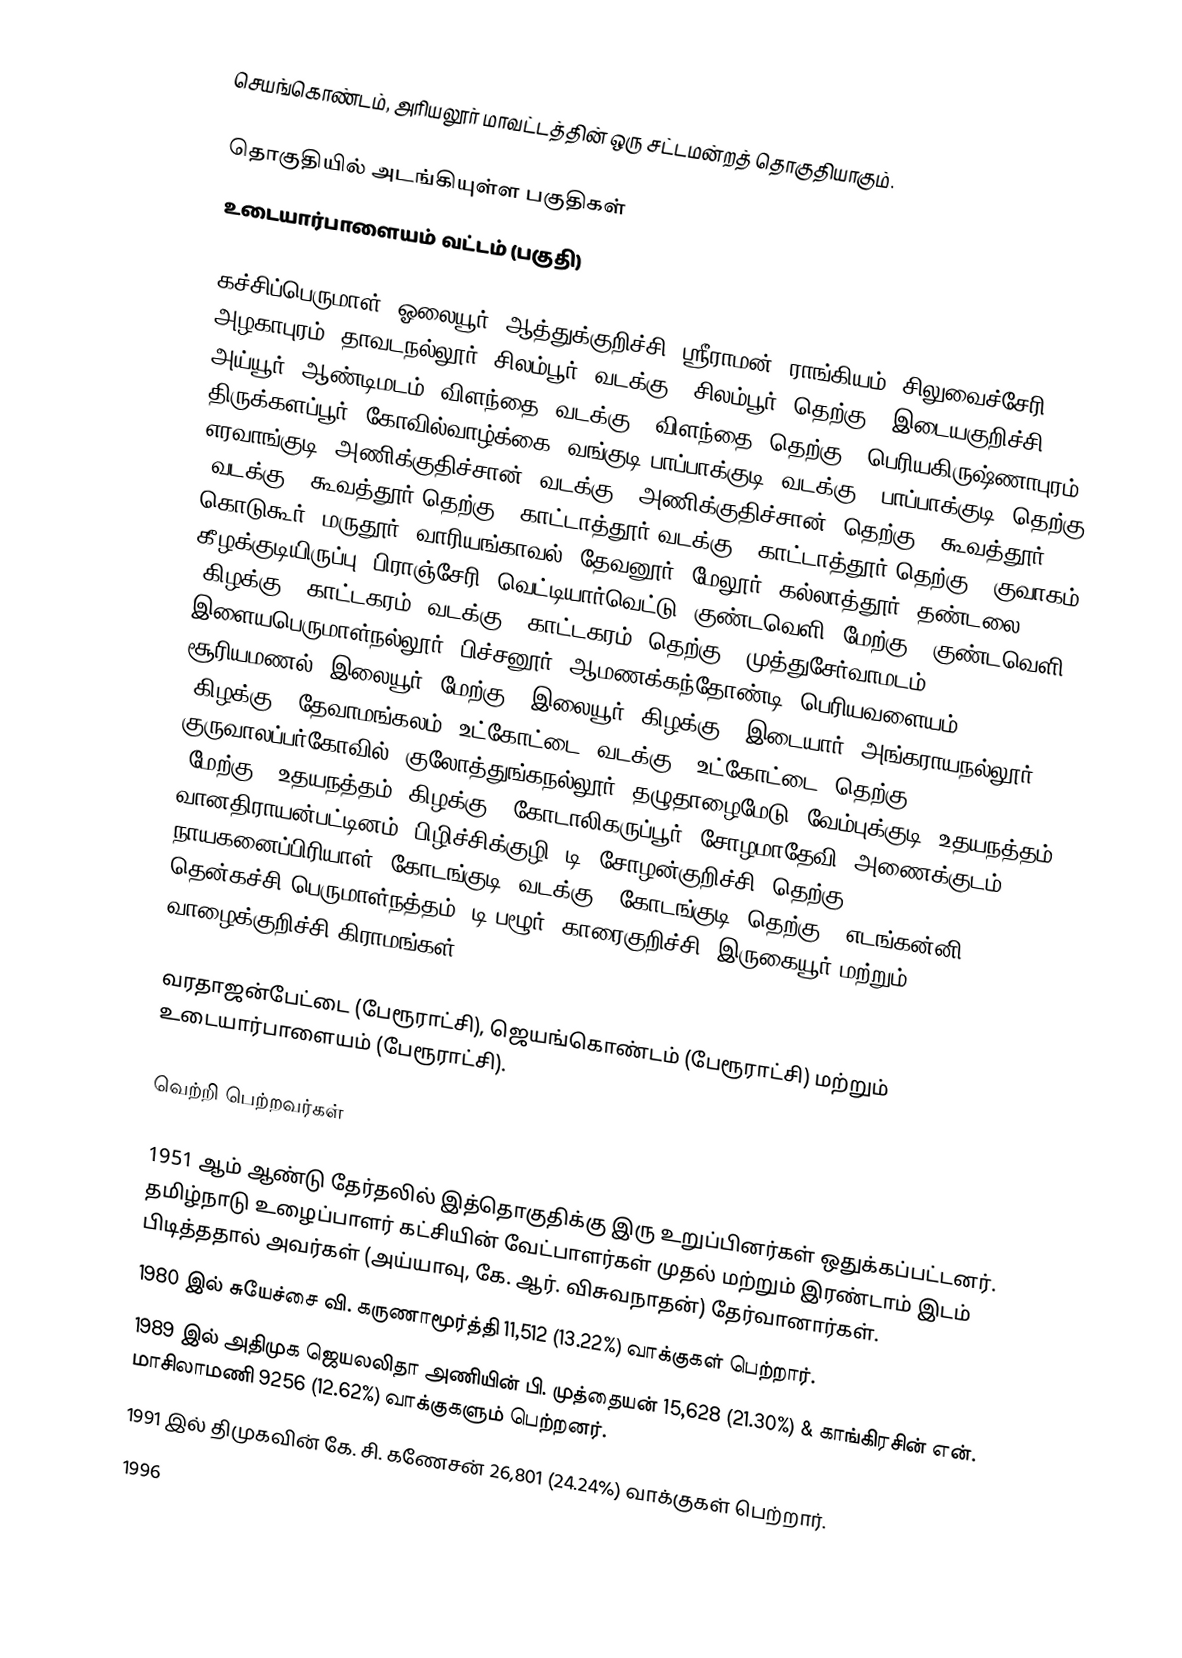
செயங்கொண்டம், அரியலூர் மாவட்டத்தின் ஒரு சட்டமன்றத் தொகுதியாகும்.

தொகுதியில் அடங்கியுள்ள பகுதிகள்
 உடையார்பாளையம் வட்டம் (பகுதி)

கச்சிப்பெருமாள், ஓலையூர், ஆத்துக்குறிச்சி, ஸ்ரீராமன், ராங்கியம், சிலுவைச்சேரி, அழகாபுரம், தாவடநல்லூர், சிலம்பூர் (வடக்கு), சிலம்பூர் (தெற்கு), இடையகுறிச்சி, அய்யூர், ஆண்டிமடம், விளந்தை (வடக்கு), விளந்தை (தெற்கு), பெரியகிருஷ்ணாபுரம், திருக்களப்பூர், கோவில்வாழ்க்கை, வங்குடி பாப்பாக்குடி (வடக்கு), பாப்பாக்குடி (தெற்கு), எரவாங்குடி, அணிக்குதிச்சான் (வடக்கு), அணிக்குதிச்சான் (தெற்கு), கூவத்தூர் (வடக்கு), கூவத்தூர்(தெற்கு), காட்டாத்தூர்(வடக்கு), காட்டாத்தூர்(தெற்கு), குவாகம், கொடுகூர், மருதூர், வாரியங்காவல், தேவனூர், மேலூர், கல்லாத்தூர்,  தண்டலை, கீழக்குடியிருப்பு, பிராஞ்சேரி, வெட்டியார்வெட்டு, குண்டவெளி (மேற்கு), குண்டவெளி (கிழக்கு), காட்டகரம் (வடக்கு), காட்டகரம் (தெற்கு), முத்துசேர்வாமடம், இளையபெருமாள்நல்லூர், பிச்சனூர், ஆமணக்கந்தோண்டி, பெரியவளையம், சூரியமணல், இலையூர் (மேற்கு), இலையூர் (கிழக்கு), இடையார், அங்கராயநல்லூர் (கிழக்கு), தேவாமங்கலம், உட்கோட்டை (வடக்கு), உட்கோட்டை (தெற்கு), குருவாலப்பர்கோவில், குலோத்துங்கநல்லூர், தழுதாழைமேடு, வேம்புக்குடி, உதயநத்தம் (மேற்கு), உதயநத்தம் (கிழக்கு), கோடாலிகருப்பூர், சோழமாதேவி, அணைக்குடம், வானதிராயன்பட்டினம், பிழிச்சிக்குழி, டி. சோழன்குறிச்சி (தெற்கு), நாயகனைப்பிரியாள், கோடங்குடி (வடக்கு), கோடங்குடி (தெற்கு), எடங்கன்னி, தென்கச்சி பெருமாள்நத்தம், டி.பழூர், காரைகுறிச்சி, இருகையூர் மற்றும் வாழைக்குறிச்சி கிராமங்கள்,

வரதாஜன்பேட்டை (பேரூராட்சி), ஜெயங்கொண்டம் (பேரூராட்சி) மற்றும் உடையார்பாளையம் (பேரூராட்சி).

வெற்றி பெற்றவர்கள்

1951 ஆம் ஆண்டு தேர்தலில் இத்தொகுதிக்கு இரு உறுப்பினர்கள் ஒதுக்கப்பட்டனர். தமிழ்நாடு உழைப்பாளர் கட்சியின் வேட்பாளர்கள் முதல் மற்றும் இரண்டாம் இடம் பிடித்ததால் அவர்கள் (அய்யாவு, கே. ஆர். விசுவநாதன்) தேர்வானார்கள்.
1980 இல் சுயேச்சை வி. கருணாமூர்த்தி 11,512 (13.22%) வாக்குகள் பெற்றார்.
1989 இல் அதிமுக ஜெயலலிதா அணியின் பி. முத்தையன் 15,628 (21.30%) & காங்கிரசின் என். மாசிலாமணி 9256 (12.62%) வாக்குகளும் பெற்றனர்.
1991 இல் திமுகவின் கே. சி. கணேசன் 26,801 (24.24%) வாக்குகள் பெற்றார்.
1996